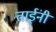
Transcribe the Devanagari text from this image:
ताईंनी